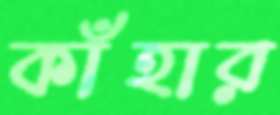
কাঁহার